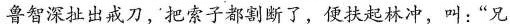
鲁智深扯出戒刀，把索子都割断了，便扶起林冲，叫：“兄